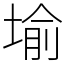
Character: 堬